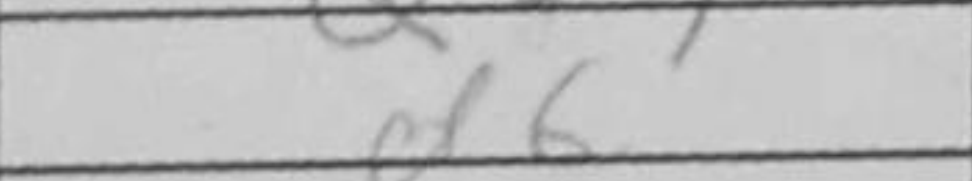
Transcription: d6